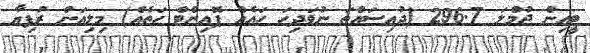
ޓީއިން ޖުމްލަ 296.7 (ދުއިސައްތަ ނުވަދިހަ ހައެއް ޕޮއިންޓް ހަތެއް) މިލިއަން ރުފިޔާ